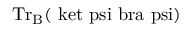
\mathrm { { T r } _ { B } ( \ k e t { \ p s i } \ b r a { \ p s i } ) }